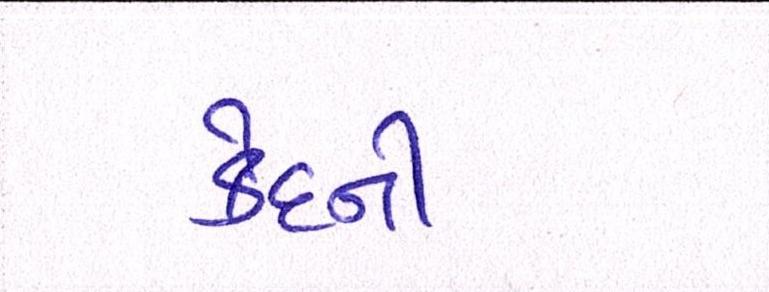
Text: કેદની